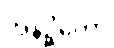
အနိဉ္ဇိတော